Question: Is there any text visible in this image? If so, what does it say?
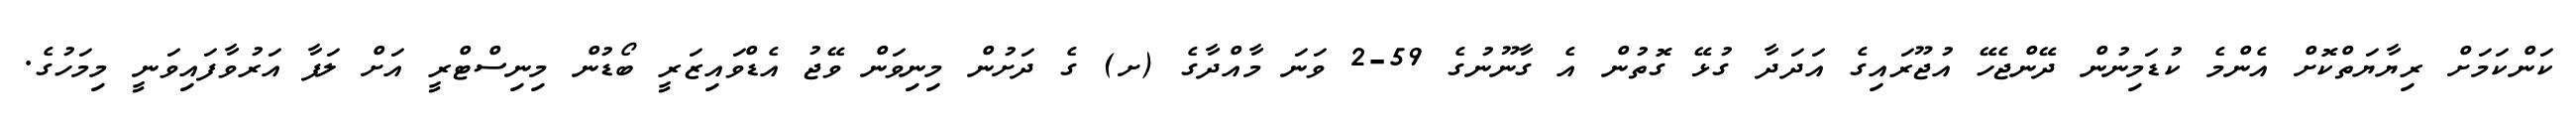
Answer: ކަންކަމަށް ރިޔާޔަތްކޮށް އެންމެ ކުޑަމިނުން ދޭންޖެހޭ އުޖޫރައިގެ އަދަދާ ގުޅޭ ގޮތުން އެ ގާނޫނުގެ 59-2 ވަނަ މާއްދާގެ (ށ) ގެ ދަށުން މިނިވަން ވޭޖު އެޑްވައިޒަރީ ބޯޑުން މިނިސްޓްރީ އަށް ލަފާ އަރުވާފައިވަނީ މިމަހުގެ.